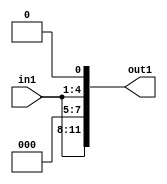
`timescale 1ps / 1ps

// Generated by Cadence Genus(TM) Synthesis Solution 17.11-s014_1
// Generated on: May  5 2021 01:53:29 CST (May  4 2021 17:53:29 UTC)

module DC_Filter_Mul_12U_81_4(in1, out1);
  input [3:0] in1;
  output [11:0] out1;
  wire [3:0] in1;
  wire [11:0] out1;
  assign out1[0] = 1'b0;
  assign out1[1] = in1[0];
  assign out1[2] = in1[1];
  assign out1[3] = in1[2];
  assign out1[4] = in1[3];
  assign out1[5] = 1'b0;
  assign out1[6] = 1'b0;
  assign out1[7] = 1'b0;
  assign out1[8] = in1[0];
  assign out1[9] = in1[1];
  assign out1[10] = in1[2];
  assign out1[11] = in1[3];
endmodule